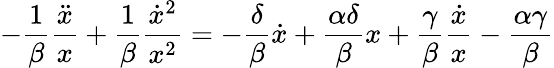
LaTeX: -\frac{1}{\beta}\frac{\ddot{x}}{x}+\frac{1}{\beta}\frac{\dot{x}^{2}}{x^{2}}=-\frac{\delta}{\beta}\dot{x}+\frac{\alpha\delta}{\beta}x+\frac{\gamma}{\beta}\frac{\dot{x}}{x}-\frac{\alpha\gamma}{\beta}